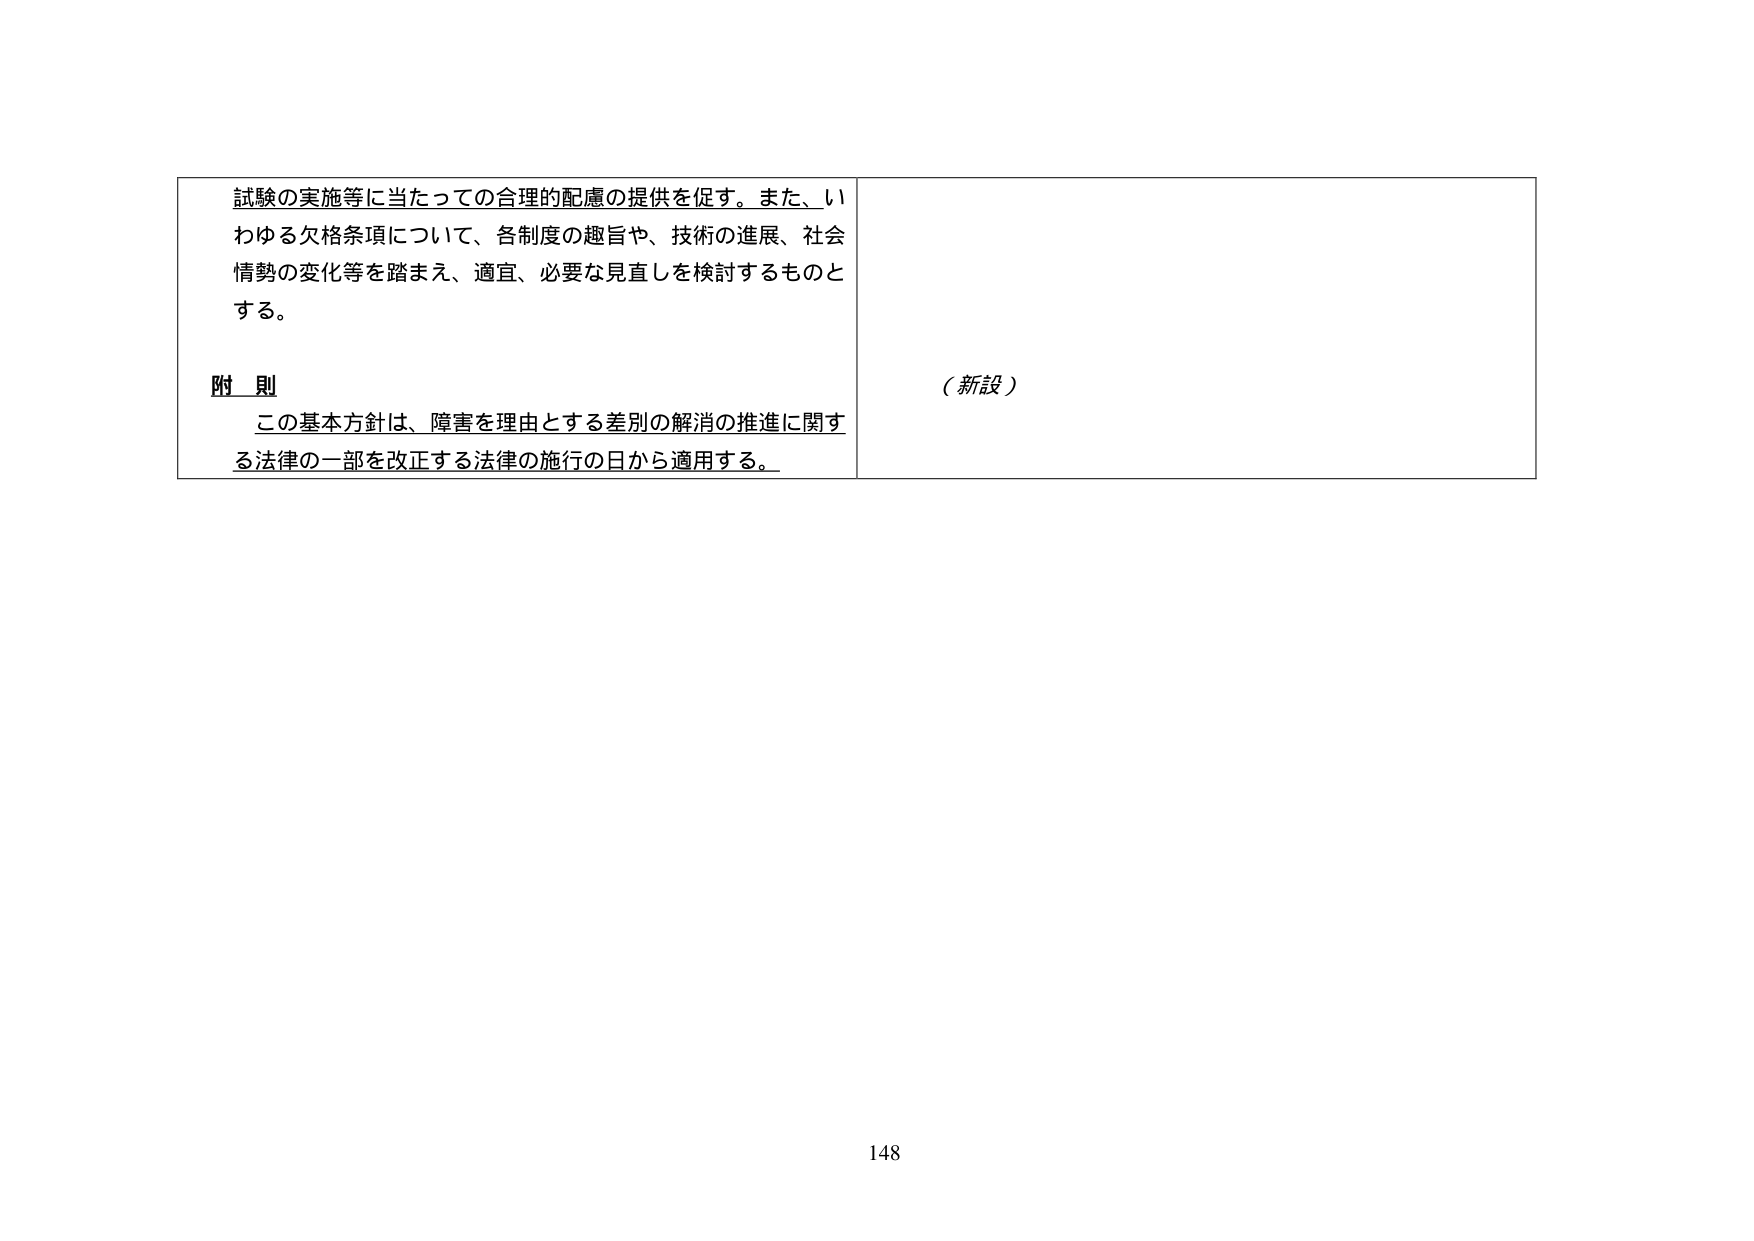
試験の実施等に当たっての合理的配慮の提供を促す。また、いわゆる欠格条項について、各制度の趣旨や、技術の進展、社会情勢の変化等を踏まえ、適宜、必要な見直しを検討するものとする。

附 則
この基本方針は、障害を理由とする差別の解消の推進に関する法律の一部を改正する法律の施行の日から適用する。

（新設）

148